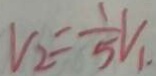
V _ { 2 } = \frac { 1 } { 5 } V _ { 1 } .